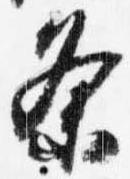
条